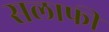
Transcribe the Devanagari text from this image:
सलाफी